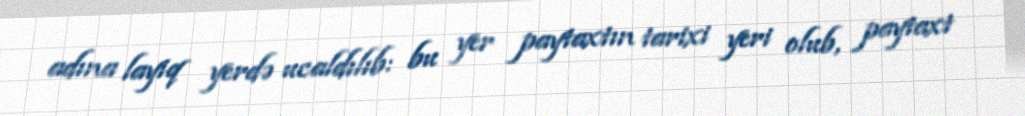
adına layiq yerdə ucaldılıb: bu yer paytaxtın tarixi yeri olub, paytaxt